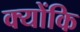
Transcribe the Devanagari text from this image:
क्योंकि